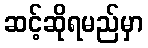
ဆင့်ဆိုရမည်မှာ